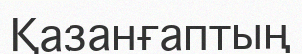
Қазанғаптың